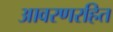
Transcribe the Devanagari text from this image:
आवरणरहित